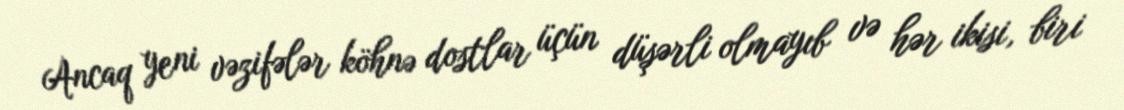
Ancaq yeni vəzifələr köhnə dostlar üçün düşərli olmayıb və hər ikisi, biri